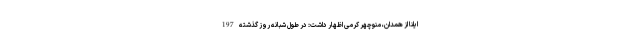
ایلنا از همدان، منوچهر کرمی اظهار داشت: در طول شبانه روز گذشته 197